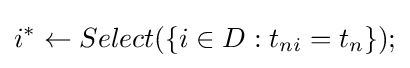
i^{*}\leftarrow Select(\{i\in D:t_{ni}=t_{n}\});